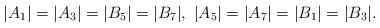
LaTeX: \begin{align*} |A_1|=|A_3|=|B_5|=|B_7|,~|A_5|=|A_7|=|B_1|=|B_3|.\end{align*}